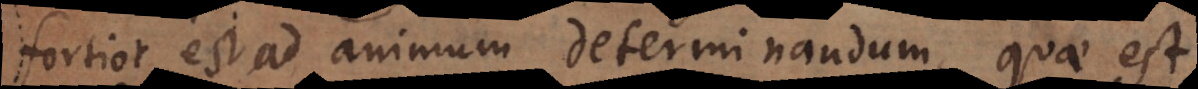
fortior est ad animum determinandum, quae est